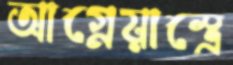
আগ্নেয়াস্ত্রে